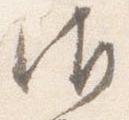
御